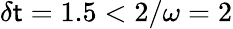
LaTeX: \delta\mathsf{t}=1.5<2/\omega=2